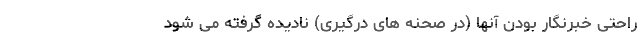
راحتی خبرنگار بودن آنها (در صحنه های درگیری) نادیده گرفته می شود